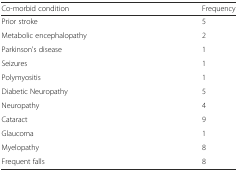
| Co-morbid condition | Frequency |
 | --- | --- |
 | Prior stroke | 5 |
 | Metabolic encephalopathy | 2 |
 | Parkinson's disease | 1 |
 | Seizures | 1 |
 | Polymyositis | 1 |
 | Diabetic Neuropathy | 5 |
 | Neuropathy | 4 |
 | Cataract | 9 |
 | Glaucoma | 1 |
 | Myelopathy | 8 |
 | Frequent falls | 8 |